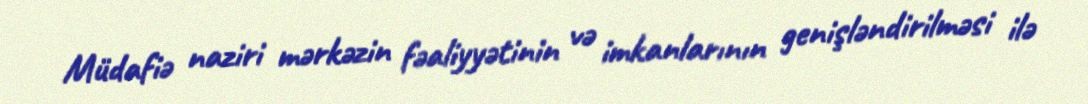
Müdafiə naziri mərkəzin fəaliyyətinin və imkanlarının genişləndirilməsi ilə